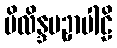
မိလိန္ဒပဥှာပါဠိ